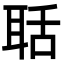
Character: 聒